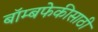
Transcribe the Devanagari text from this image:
बॉम्बफेकीसाठी